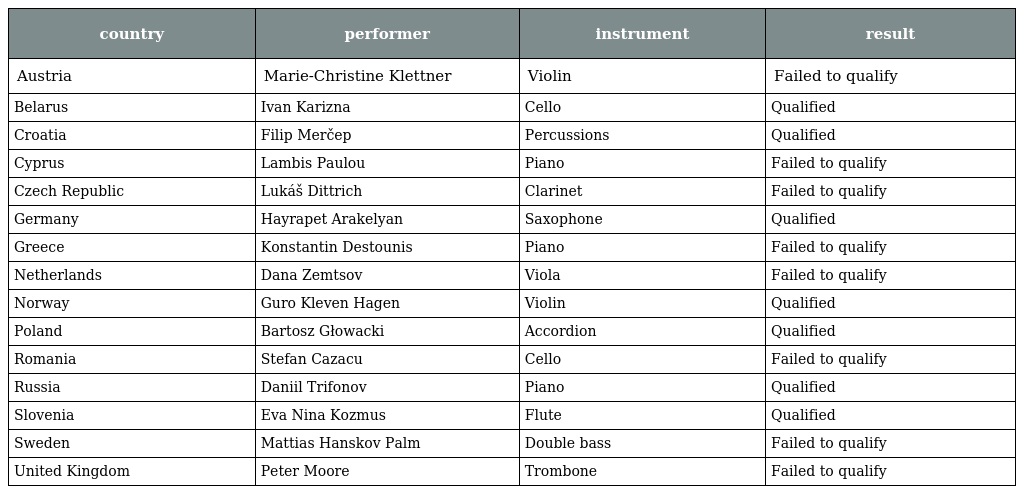
| country | performer | instrument | result |
 | --- | --- | --- | --- |
 | Austria | Marie-Christine Klettner | Violin | Failed to qualify |
 | Belarus | Ivan Karizna | Cello | Qualified |
 | Croatia | Filip Merčep | Percussions | Qualified |
 | Cyprus | Lambis Paulou | Piano | Failed to qualify |
 | Czech Republic | Lukáš Dittrich | Clarinet | Failed to qualify |
 | Germany | Hayrapet Arakelyan | Saxophone | Qualified |
 | Greece | Konstantin Destounis | Piano | Failed to qualify |
 | Netherlands | Dana Zemtsov | Viola | Failed to qualify |
 | Norway | Guro Kleven Hagen | Violin | Qualified |
 | Poland | Bartosz Głowacki | Accordion | Qualified |
 | Romania | Stefan Cazacu | Cello | Failed to qualify |
 | Russia | Daniil Trifonov | Piano | Qualified |
 | Slovenia | Eva Nina Kozmus | Flute | Qualified |
 | Sweden | Mattias Hanskov Palm | Double bass | Failed to qualify |
 | United Kingdom | Peter Moore | Trombone | Failed to qualify |